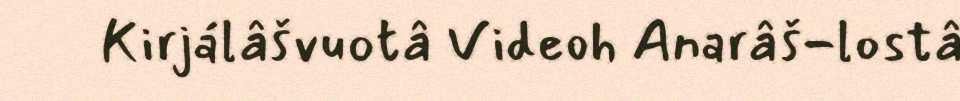
Kirjálâšvuotâ Videoh Anarâš-lostâ